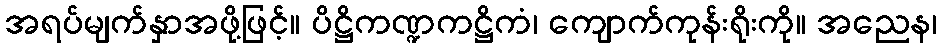
အရပ်မျက်နှာအဖို့ဖြင့်။ ပိဋ္ဌိကဏ္ဍကဋ္ဌိကံ၊ ကျောက်ကုန်းရိုးကို။ အညေန၊